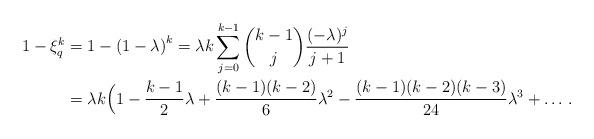
LaTeX: \begin{align*}1-\xi_q^k & = 1-\left(1-\lambda\right)^k=\lambda k \sum_{j=0}^{k-1}\binom{k-1}j\frac{(-\lambda)^j}{j+1}\\ & = \lambda k \Big( 1-\frac{k-1}{2}\lambda + \frac{(k-1)(k-2)}{6}\lambda^2-\frac{(k-1)(k-2)(k-3)}{24}\lambda^3+\ldots \,.\end{align*}